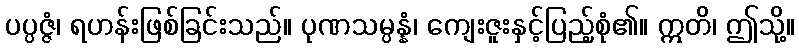
ပပ္ပဇ္ဇံ၊ ရဟန်းဖြစ်ခြင်းသည်။ ပုဏသမ္ပန္နံ၊ ကျေးဇူးနှင့်ပြည့်စုံ၏။ ဣတိ၊ ဤသို့။